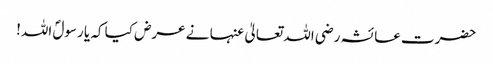
حضرت عائشہ رضی اللہ تعالیٰ عنہا نے عرض کیا کہ یا رسولؐ اللہ!